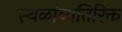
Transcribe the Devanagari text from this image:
स्थळांव्यतिरिक्त